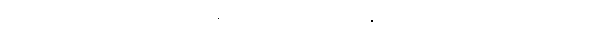
မောင်ဖိုးသာလည်း ၎င်း၏ နောက်မှ မြင်းနှင့် လိုက်ပါသွားရလေ၏။